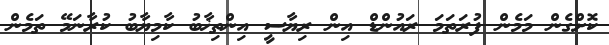
ކޮށްގެން މަމެން ފުރަތަމަ ރައުންޑް އިން ރިޔާސީ އިންތިޚާބު ކާމިޔާބު ކުރާނަމޭ ތަމެން